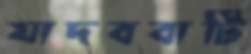
যাদববাটি